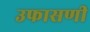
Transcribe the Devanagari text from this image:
उफासणी